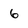
Character: 6